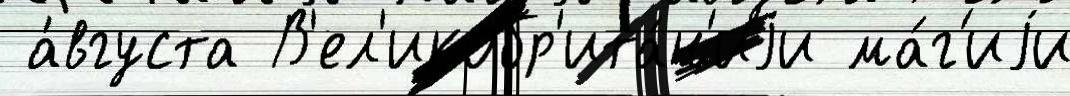
 а́вгуста В'ел'икобр'ита́н'иjи ма́г'иjи